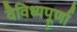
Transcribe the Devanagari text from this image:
वैविध्यपूर्णा